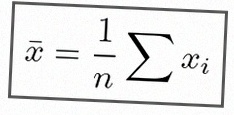
\bar{x}=\frac1n\sum x_i